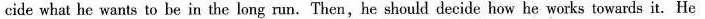
cide what he wants to be in the long run.Then,he should decide how he works towards it. He